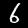
Digit: 6